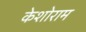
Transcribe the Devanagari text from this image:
केशोराम